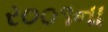
ર૦૦૧ના